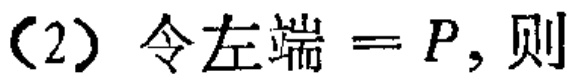
（2）令左端 \(=P\)，则